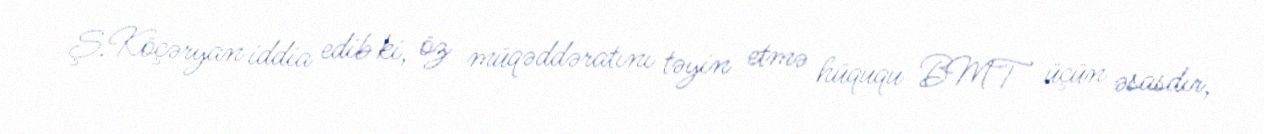
Ş.Köçəryan iddia edib ki, öz müqəddəratını təyin etmə hüququ BMT üçün əsasdır,